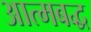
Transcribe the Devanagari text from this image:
आत्मबद्ध